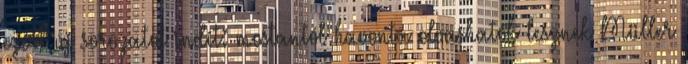
ezért új sorozatot indít: mostantól havonta olvashatók lesznek Müller